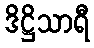
ဒိဋ္ဌိသာရီ